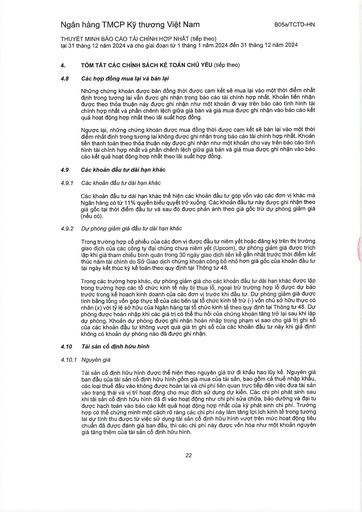
||(tiếp theo)| |---|---| ||Các hợp đồng mua lại và bán lại| ||Những chứng khoán được bán đồng thời được cam kết sẽ mua lại vào một thời điểm nhất định trong tương lai vẫn được ghi nhận trong báo cáo tài chính hợp nhất. Khoản tiền nhận được theo thỏa thuận này được ghi nhận như một khoản đi vay trên báo cáo tình hình tài chính hợp nhất và phần chênh lệch giữa giá bán và giá mua được ghi nhận vào báo cáo kết quả hoạt động hợp nhất theo lãi suất hợp đồng.| ||Ngược lại, những chứng khoán được mua đồng thời được cam kết sẽ bán lại vào một thời điểm nhất định trong tương lai không được ghi nhận trong báo cáo tài chính hợp nhất. Khoản tiền thanh toán theo thỏa thuận này được ghi nhận như một khoản cho vay trên báo cáo tình hình tài chính hợp nhất và phần chênh lệch giữa giá bán và giá mua được ghi nhận vào báo cáo kết quả hoạt động hợp nhất theo lãi suất hợp đồng.| ||Các khoản đầu tư dài hạn khác| |4.9.1|Các khoản đầu tư dài hạn khác| ||Các khoản đầu tư dài hạn khác thể hiện các khoản đầu tư góp vốn vào các đơn vị khác mà Ngân hàng có từ 11% quyền biểu quyết trở xuống. Các khoản đầu tư này được ghi nhận theo giá gốc tại thời điểm đầu tư và sau đó được phản ánh theo giá gốc trừ dự phòng giảm giá (nếu có).| |4.9.2|Dự phòng giảm giá đầu tư dài hạn khác| ||Trong trường hợp cổ phiếu của các đơn vị được đầu tư niêm yết hoặc đang ký trên thị trường giao dịch của các công ty đại chúng chưa niêm yết (Upcom), dự phòng giảm giá được trích lập khi giá tham chiếu bình quân trong 30 ngày giao dịch liên kế gần nhất trước thời điểm kết thúc năm tài chính do Sở Giao dịch Chứng khoán công bố nhỏ hơn giá gốc của khoản đầu tư tại ngày kết thúc kỳ kế toán theo quy định tại Thông tư 48.| ||Trong các trường hợp khác, dự phòng giảm giá cho các khoản đầu tư dài hạn khác được lập trong trường hợp các tổ chức kinh tế này bị thua lỗ, ngoại trừ trường hợp lỗ được dự báo trước trong kế hoạch kinh doanh của các đơn vị trước khi đầu tư. Dự phòng giảm giá được tính bằng tổng vốn góp thực tế của các bên tại tổ chức kinh tế trừ (-) vốn chủ sở hữu thực có nhân (x) với tỷ lệ sở hữu của Ngân hàng tại tổ chức kinh tế theo quy định tại Thông tư 48. Dự phòng được hoàn nhập khi các giá trị có thể thu hồi của chứng khoán tăng trở lại sau khi lập dự phòng. Khoản dự phòng được ghi nhận hoàn nhập trong phạm vi sao cho giá trị ghi sổ của các khoản đầu tư không vượt quá giá trị ghi sổ của các khoản đầu tư này khi giả định không có khoản dự phòng nào đã được ghi nhận.| |4.10|Tài sản cố định hữu hình| |4.10.1|Nguyên giá Tài sản cố định hữu hình được thể hiện theo nguyên giá trừ đi khấu hao lũy kế. Nguyên giá ban đầu của tài sản cố định hữu hình gồm giá mua của tài sản, bao gồm cả thuế nhập khẩu, các loại thuế đầu vào không được hoàn lại và chi phí liên quan trực tiếp đến việc đưa tài sản vào trạng thái và vị trí hoạt động cho mục đích sử dụng dự kiến. Các chi phí phát sinh sau khi tài sản cố định hữu hình đã đi vào hoạt động như chi phí sửa chữa, bảo dưỡng và đại tu được hạch toán vào báo cáo kết quả hoạt động hợp nhất của kỳ phát sinh chi phí. Trường hợp có thể chứng minh một cách rõ ràng các chi phí này làm tăng lợi ích kinh tế trong tương lai dự tính thu được từ việc sử dụng tài sản cố định hữu hình vượt trên mức hoạt động tiêu chuẩn đã được đánh giá ban đầu, thì các chi phí này được vốn hóa như một khoản nguyên giá tăng thêm của tài sản cố định hữu hình.|